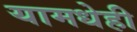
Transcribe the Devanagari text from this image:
यामधेही